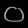
Digit: ၀